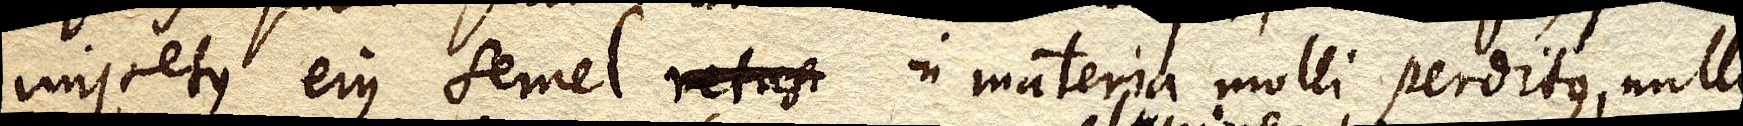
impetus ejus semel retus in materia molli perditus, nullo